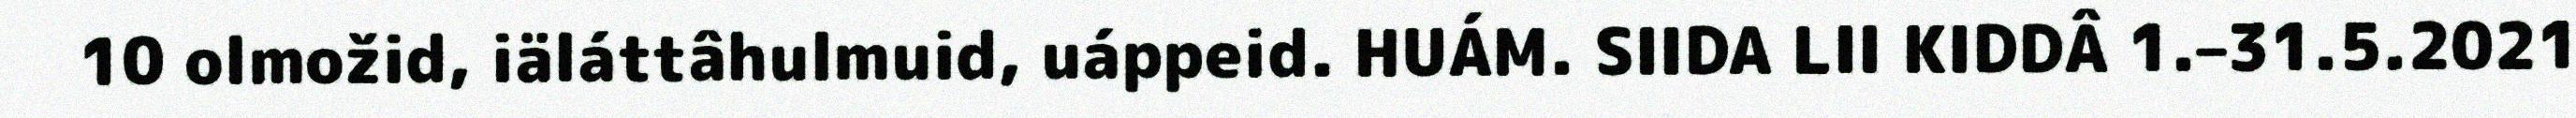
10 olmožid, iäláttâhulmuid, uáppeid. HUÁM. SIIDA LII KIDDÂ 1.–31.5.2021